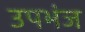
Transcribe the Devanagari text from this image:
उपभंज